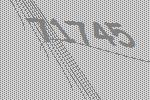
71745